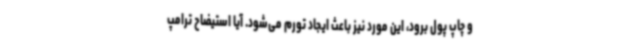
و چاپ پول برود، این مورد نیز باعث ایجاد تورم می‌شود. آیا استیضاح ترامپ